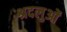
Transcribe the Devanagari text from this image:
श्रदलुओं